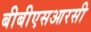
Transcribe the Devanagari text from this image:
बीबीएसआरसी